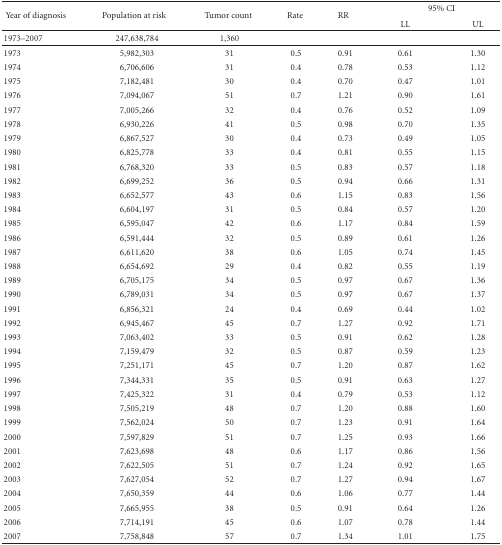
<table><thead><tr><td rowspan="2"><b> Year of diagnosis</b></td><td rowspan="2"><b>Population at risk</b></td><td rowspan="2"><b>Tumor count</b></td><td rowspan="2"><b>Rate</b></td><td rowspan="2"><b>RR</b></td><td colspan="2"><b>95% CI</b></td></tr><tr><td><b> LL</b></td><td><b> UL</b></td></tr></thead><tbody><tr><td>1973–2007</td><td> 247,638,784</td><td> 1,360</td><td></td><td></td><td></td><td></td></tr><tr><td>1973</td><td>5,982,303</td><td>31</td><td>0.5</td><td>0.91</td><td>0.61</td><td>1.30</td></tr><tr><td>1974</td><td>6,706,606</td><td>31</td><td>0.4</td><td>0.78</td><td>0.53</td><td>1.12</td></tr><tr><td>1975</td><td>7,182,481</td><td>30</td><td>0.4</td><td>0.70</td><td>0.47</td><td>1.01</td></tr><tr><td>1976</td><td>7,094,067</td><td>51</td><td>0.7</td><td>1.21</td><td>0.90</td><td>1.61</td></tr><tr><td>1977</td><td>7,005,266</td><td>32</td><td>0.4</td><td>0.76</td><td>0.52</td><td>1.09</td></tr><tr><td>1978</td><td>6,930,226</td><td>41</td><td>0.5</td><td>0.98</td><td>0.70</td><td>1.35</td></tr><tr><td>1979</td><td>6,867,527</td><td>30</td><td>0.4</td><td>0.73</td><td>0.49</td><td>1.05</td></tr><tr><td>1980</td><td>6,825,778</td><td>33</td><td>0.4</td><td>0.81</td><td>0.55</td><td>1.15</td></tr><tr><td>1981</td><td>6,768,320</td><td>33</td><td>0.5</td><td>0.83</td><td>0.57</td><td>1.18</td></tr><tr><td>1982</td><td>6,699,252</td><td>36</td><td>0.5</td><td>0.94</td><td>0.66</td><td>1.31</td></tr><tr><td>1983</td><td>6,652,577</td><td>43</td><td>0.6</td><td>1.15</td><td>0.83</td><td>1.56</td></tr><tr><td>1984</td><td>6,604,197</td><td>31</td><td>0.5</td><td>0.84</td><td>0.57</td><td>1.20</td></tr><tr><td>1985</td><td>6,595,047</td><td>42</td><td>0.6</td><td>1.17</td><td>0.84</td><td>1.59</td></tr><tr><td>1986</td><td>6,591,444</td><td>32</td><td>0.5</td><td>0.89</td><td>0.61</td><td>1.26</td></tr><tr><td>1987</td><td>6,611,620</td><td>38</td><td>0.6</td><td>1.05</td><td>0.74</td><td>1.45</td></tr><tr><td>1988</td><td>6,654,692</td><td>29</td><td>0.4</td><td>0.82</td><td>0.55</td><td>1.19</td></tr><tr><td>1989</td><td>6,705,175</td><td>34</td><td>0.5</td><td>0.97</td><td>0.67</td><td>1.36</td></tr><tr><td>1990</td><td>6,789,031</td><td>34</td><td>0.5</td><td>0.97</td><td>0.67</td><td>1.37</td></tr><tr><td>1991</td><td>6,856,321</td><td>24</td><td>0.4</td><td>0.69</td><td>0.44</td><td>1.02</td></tr><tr><td>1992</td><td>6,945,467</td><td>45</td><td>0.7</td><td>1.27</td><td>0.92</td><td>1.71</td></tr><tr><td>1993</td><td>7,063,402</td><td>33</td><td>0.5</td><td>0.91</td><td>0.62</td><td>1.28</td></tr><tr><td>1994</td><td>7,159,479</td><td>32</td><td>0.5</td><td>0.87</td><td>0.59</td><td>1.23</td></tr><tr><td>1995</td><td>7,251,171</td><td>45</td><td>0.7</td><td>1.20</td><td>0.87</td><td>1.62</td></tr><tr><td>1996</td><td>7,344,331</td><td>35</td><td>0.5</td><td>0.91</td><td>0.63</td><td>1.27</td></tr><tr><td>1997</td><td>7,425,322</td><td>31</td><td>0.4</td><td>0.79</td><td>0.53</td><td>1.12</td></tr><tr><td>1998</td><td>7,505,219</td><td>48</td><td>0.7</td><td>1.20</td><td>0.88</td><td>1.60</td></tr><tr><td>1999</td><td>7,562,024</td><td>50</td><td>0.7</td><td>1.23</td><td>0.91</td><td>1.64</td></tr><tr><td>2000</td><td>7,597,829</td><td>51</td><td>0.7</td><td>1.25</td><td>0.93</td><td>1.66</td></tr><tr><td>2001</td><td>7,623,698</td><td>48</td><td>0.6</td><td>1.17</td><td>0.86</td><td>1.56</td></tr><tr><td>2002</td><td>7,622,505</td><td>51</td><td>0.7</td><td>1.24</td><td>0.92</td><td>1.65</td></tr><tr><td>2003</td><td>7,627,054</td><td>52</td><td>0.7</td><td>1.27</td><td>0.94</td><td>1.67</td></tr><tr><td>2004</td><td>7,650,359</td><td>44</td><td>0.6</td><td>1.06</td><td>0.77</td><td>1.44</td></tr><tr><td>2005</td><td>7,665,955</td><td>38</td><td>0.5</td><td>0.91</td><td>0.64</td><td>1.26</td></tr><tr><td>2006</td><td>7,714,191</td><td>45</td><td>0.6</td><td>1.07</td><td>0.78</td><td>1.44</td></tr><tr><td>2007</td><td>7,758,848</td><td>57</td><td>0.7</td><td>1.34</td><td>1.01</td><td>1.75</td></tr></tbody></table>